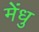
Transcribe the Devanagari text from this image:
मेंधु